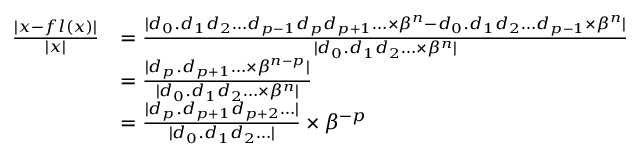
{ \begin{array} { r l } { { \frac { | x - f l ( x ) | } { | x | } } } & { = { \frac { | d _ { 0 } . d _ { 1 } d _ { 2 } \ldots d _ { p - 1 } d _ { p } d _ { p + 1 } \ldots \times \beta ^ { n } - d _ { 0 } . d _ { 1 } d _ { 2 } \ldots d _ { p - 1 } \times \beta ^ { n } | } { | d _ { 0 } . d _ { 1 } d _ { 2 } \ldots \times \beta ^ { n } | } } } \\ & { = { \frac { | d _ { p } . d _ { p + 1 } \ldots \times \beta ^ { n - p } | } { | d _ { 0 } . d _ { 1 } d _ { 2 } \ldots \times \beta ^ { n } | } } } \\ & { = { \frac { | d _ { p } . d _ { p + 1 } d _ { p + 2 } \ldots | } { | d _ { 0 } . d _ { 1 } d _ { 2 } \ldots | } } \times \beta ^ { - p } } \end{array} }